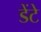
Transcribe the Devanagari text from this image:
डेंटे